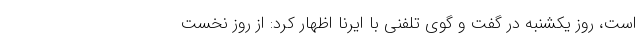
است، روز یکشنبه در گفت و گوی تلفنی با ایرنا اظهار کرد: از روز نخست